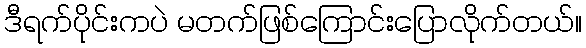
ဒီရက်ပိုင်းကပဲ မတက်ဖြစ်ကြောင်းပြောလိုက်တယ်။